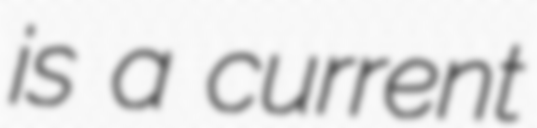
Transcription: is a current